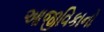
આજીવિકાનો